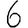
Digit: 6